Lunatic asylums in Bengal annual reports 1912-1924 - 1912-1924
Year: 1912
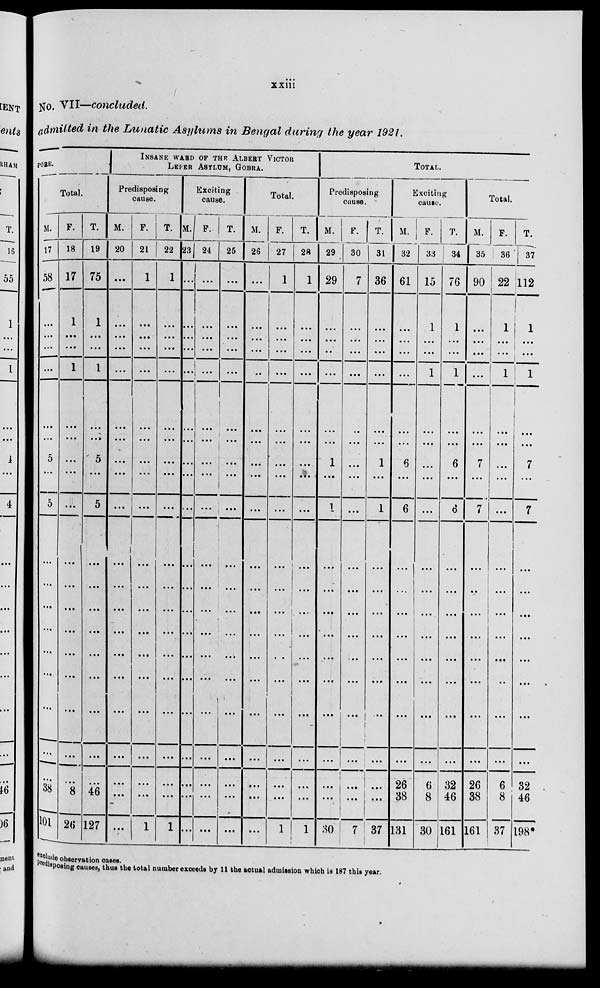
xxiii
No. VII—concluded.
admitted in the Lunatic Asylums in Bengal during the year 1921.
PORE.
Total.
M.
17
58
…
...
...
…
...
…
5
...
5
...
...
...
...
...
…
...
...
…
38
101
F.
18
17
1
...
...
1
...
...
...
...
…
...
...
...
...
...
...
...
...
...
8
26
T.
19
75
1
...
...
1
...
…
5
...
5
...
…
...
...
...
...
...
...
...
46
127
INSANE WARD OF THE ALBERT VICTOR
LEPER ASYLUM, GOBRA.
Predisposing
cause.
M.
20
...
...
...
…
...
...
...
...
…
...
…
...
...
...
...
...
...
...
...
...
...
F.
21
1
...
...
...
...
...
...
...
...
...
...
…
...
...
...
...
...
...
...
...
…
T.
22
1
...
...
...
...
...
...
...
...
...
...
...
...
...
...
...
...
...
...
...
1
Exciting
cause.
M.
23
…
…
...
...
…
…
...
...
…
...
...
...
...
…
...
...
...
...
...
…
1
F.
24
...
...
...
...
...
...
...
...
...
...
...
…
...
...
...
...
...
...
...
...
...
T.
25
...
...
...
...
...
...
...
...
...
...
…
…
…
…
...
…
…
...
...
...
...
Total.
M.
26
...
...
…
...
…
...
...
...
...
...
...
...
...
...
…
...
...
...
…
...
...
F.
27
1
...
...
...
...
...
...
...
...
...
...
...
...
...
…
...
...
...
...
...
1
T.
28
1
...
...
...
...
...
...
...
....
...
...
...
...
...
...
...
...
...
...
...
1
TOTAL.
Predisposing
cause.
M.
29
29
...
...
..
...
...
...
1
...
1
…
...
...
...
...
...
...
...
...
...
30
F.
30
7
...
...
...
...
…
...
...
...
...
...
...
...
...
...
...
...
...
…
...
7
T.
31
36
...
...
...
...
...
...
1
...
1
...
...
...
...
…
...
…
...
…
…
37
Exciting
cause.
M.
32
61
...
...
…
…
…
…
6
...
6
...
…
…
...
…
...
...
...
26
38
131
F.
33
15
1
…
...
1
...
…
...
...
…
...
…
...
…
...
...
...
...
6
8
30
T.
34
76
1
…
...
1
...
...
6
...
6
...
...
...
...
...
...
…
…
32
46
161
Total.
M.
35
90
...
…
...
…
...
...
7
...
7
…
…
...
…
...
...
...
…
26
38
161
F.
36
22
1
…
…
1
…
...
...
...
…
...
...
...
...
...
…
...
...
6
8
37
T.
37
112
1
...
...
1
...
...
7
...
7
…
...
…
...
...
...
...
...
32
46
198*
exclude observation cases.
predisposing causes, thus the total number exceeds by 11 the actual admission which is 187 this year.